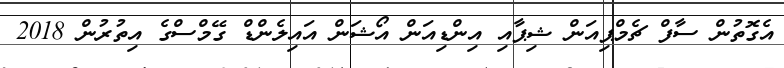
އެގޮތުން ސާފް ޗެމްޕިއަން ޝިޕާއި އިންޑިއަން އޯޝަން އައިލެންޑް ގޭމްސްގެ އިތުރުން 2018